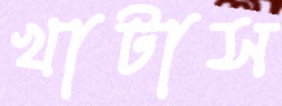
খাটাস